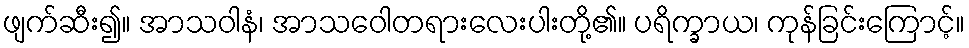
ဖျက်ဆီး၍။ အာသဝါနံ၊ အာသဝေါတရားလေးပါးတို့၏။ ပရိက္ခာယ၊ ကုန်ခြင်းကြောင့်။